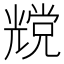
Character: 𰃔